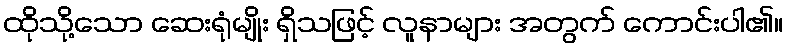
ထိုသို့သော ဆေးရုံမျိုး ရှိသဖြင့် လူနာများ အတွက် ကောင်းပါ၏။